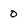
Character: 0